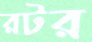
রটর